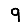
Digit: 9